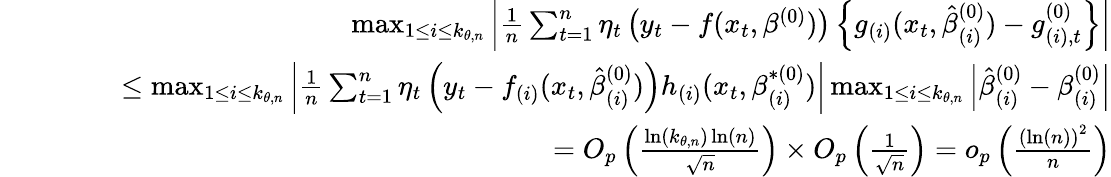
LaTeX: \begin{array}{rlr}&{}&{\operatorname*{max}_{1\leq i\leq k_{\theta,n}}\left\vert\frac{1}{n}\sum_{t=1}^{n}\eta_{t}\left(y_{t}-f(x_{t},\beta^{(0)})\right)\left\{ g_{(i)}(x_{t},\hat{\beta}_{(i)}^{(0)})-g_{(i),t}^{(0)}\right\} \right\vert}\\ &{}&{\mathrm{~\ \ \ \ \ \ \ }\leq\operatorname*{max}_{1\leq i\leq k_{\theta,n}}\left\vert\frac{1}{n}\sum_{t=1}^{n}\eta_{t}\left(y_{t}-f_{(i)}(x_{t},\hat{\beta}_{(i)}^{(0)})\right)h_{(i)}(x_{t},\beta_{(i)}^{\ast(0)})\right\vert\operatorname*{max}_{1\leq i\leq k_{\theta,n}}\left\vert\hat{\beta}_{(i)}^{(0)}-\beta_{(i)}^{(0)}\right\vert}\\ &{}&{\mathrm{~\ \ \ \ \ \ \ }=O_{p}\left(\frac{\ln\left(k_{\theta,n}\right)\ln\left(n\right)}{\sqrt{n}}\right)\times O_{p}\left(\frac{1}{\sqrt{n}}\right)=o_{p}\left(\frac{\left(\ln\left(n\right)\right)^{2}}{n}\right)}\end{array}